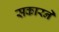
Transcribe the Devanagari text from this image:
सकारने